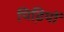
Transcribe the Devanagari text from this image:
पिढि़यों